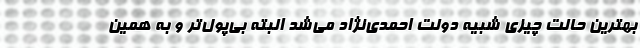
بهترین حالت چیزی شبیه دولت احمدی‌نژاد می‌شد البته بی‌پول‌تر و به همین